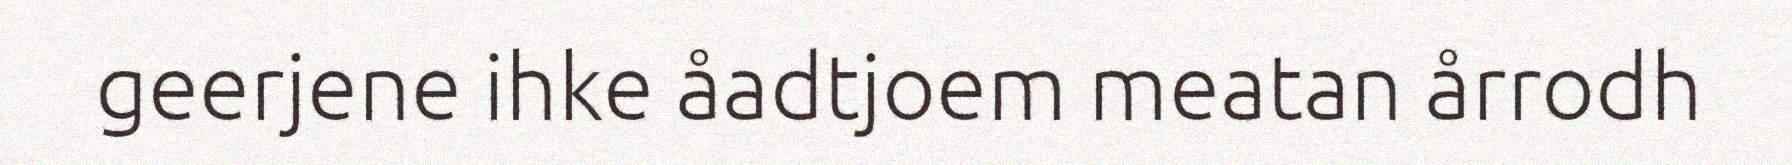
geerjene ihke åadtjoem meatan årrodh